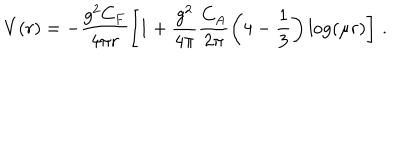
V ( r ) = - \frac { g ^ { 2 } C _ { F } } { 4 \pi r } \left[ 1 + \frac { g ^ { 2 } } { 4 \pi } \frac { C _ { A } } { 2 \pi } \left( 4 - \frac 1 3 \right) \log ( \mu r ) \right] \, .